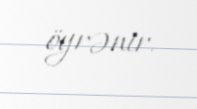
öyrənir.